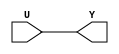
// -------------------------------------------------------------
// 
// 
// Generated by MATLAB 23.2, HDL Coder 23.2, and Simulink 23.2
// 
// -------------------------------------------------------------


// -------------------------------------------------------------
// 
// Module: Wrap_To_Zero_block
// Source Path: sampleModel1641_sub/Subsystem/cfblk186/Wrap To Zero
// Hierarchy Level: 2
// Model version: 1.1
// 
// -------------------------------------------------------------

`timescale 1 ns / 1 ns

module Wrap_To_Zero_block
          (U,
           Y);


  input   [15:0] U;  // uint16
  output  [15:0] Y;  // uint16



  // U(k)


  assign Y = U;

endmodule  // Wrap_To_Zero_block